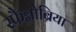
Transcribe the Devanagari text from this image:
स्फैग्नोब्रिया